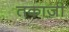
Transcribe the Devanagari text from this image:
तकाज़ी